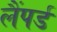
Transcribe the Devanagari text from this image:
लैंपर्ड